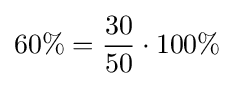
60\%={30 \over 50}\cdot 100\%